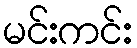
မင်းကင်း